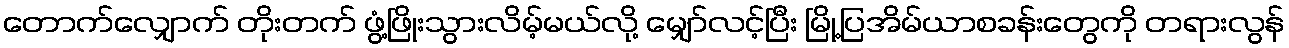
တောက်လျှောက် တိုးတက် ဖွံ့ဖြိုးသွားလိမ့်မယ်လို့ မျှော်လင့်ပြီး မြို့ပြအိမ်ယာစခန်းတွေကို တရားလွန်